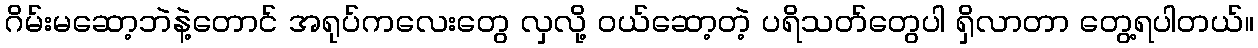
ဂိမ်းမဆော့ဘဲနဲ့တောင် အရုပ်ကလေးတွေ လှလို့ ဝယ်ဆော့တဲ့ ပရိသတ်တွေပါ ရှိလာတာ တွေ့ရပါတယ်။